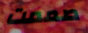
صممت